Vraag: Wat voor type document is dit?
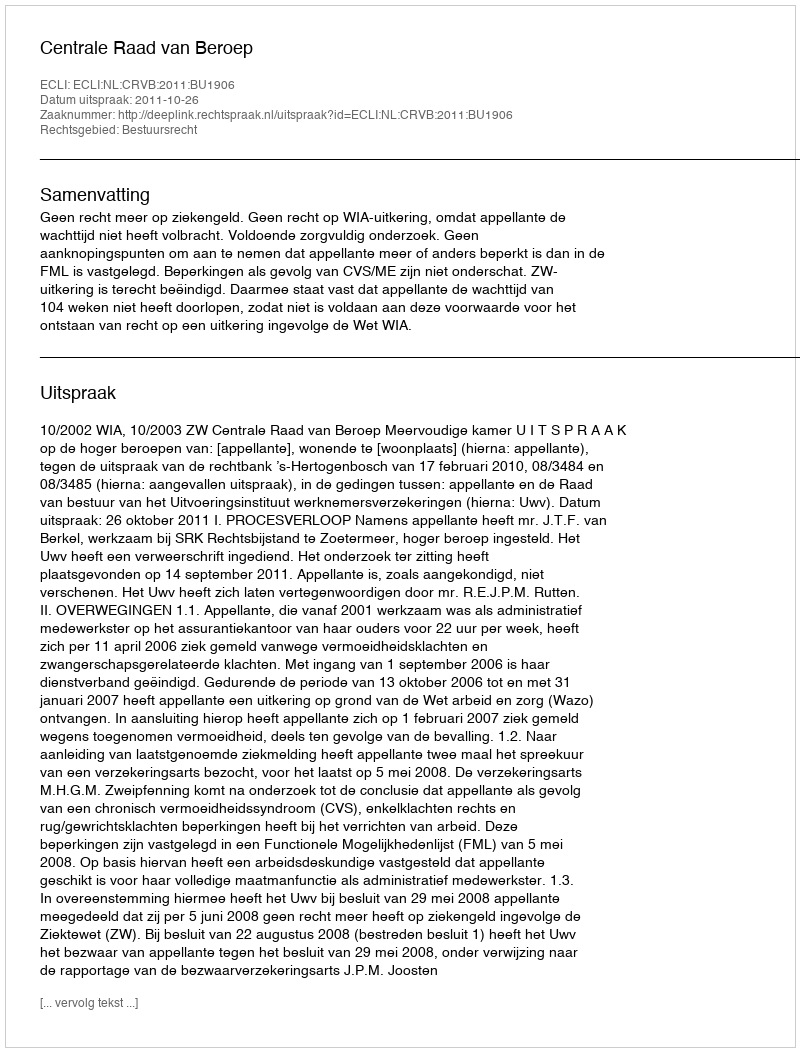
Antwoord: Uitspraak